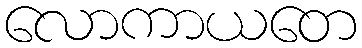
လောကာယတေ